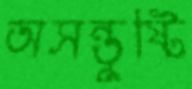
অসন্তুষ্টি